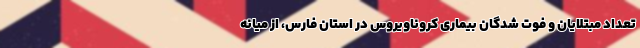
تعداد مبتلایان و فوت شدگان بیماری کروناویروس در استان فارس، از میانه